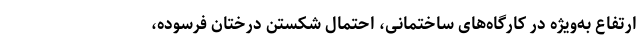
ارتفاع به‌ویژه در کارگاه‌های ساختمانی، احتمال شکستن درختان فرسوده،